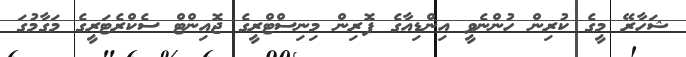
ޝަހާރޭ މީގެ ކުރިން ހުންނެވީ އިންޑިއާގެ ފޮރިން މިނިސްޓްރީގެ ޖޮއިންޓް ސެކްރެޓަރީގެ މަގާމުގަ